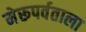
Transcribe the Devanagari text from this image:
मेरूपर्वताला